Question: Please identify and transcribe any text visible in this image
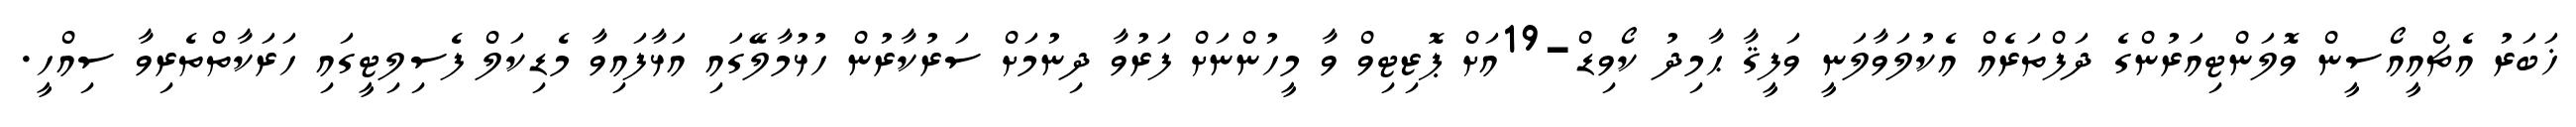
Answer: ޚަބަރު އެޗްއީއޯސީން ވޮލަންޓިއަރުންގެ ދަފްތަރެއް އެކުލަވާލަނީ ވަފީޤާ ޙާމިދު ކޯވިޑް-19އަށް ޕޮޒިޓިވް ވާ މީހުންނަށް ފަރުވާ ދިނުމަށް ސަރުކާރުން ހުޅުމާލޭގައި އަޅާފައިވާ މެޑިކަލް ފެސިލިޓީގައި ހަރަކާތްތެރިވާ ސިއްހީ.